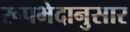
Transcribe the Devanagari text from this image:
रूपभेदानुसार